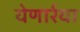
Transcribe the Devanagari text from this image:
येणार्रया